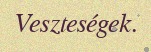
Veszteségek.